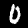
Digit: 0